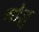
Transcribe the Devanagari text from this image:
गोज़ु